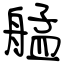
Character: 艋